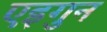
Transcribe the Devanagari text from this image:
एइगुन